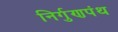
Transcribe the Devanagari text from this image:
निर्गुणपंथ